Annual administration and progress report of the Indian Medical Department, Bombay
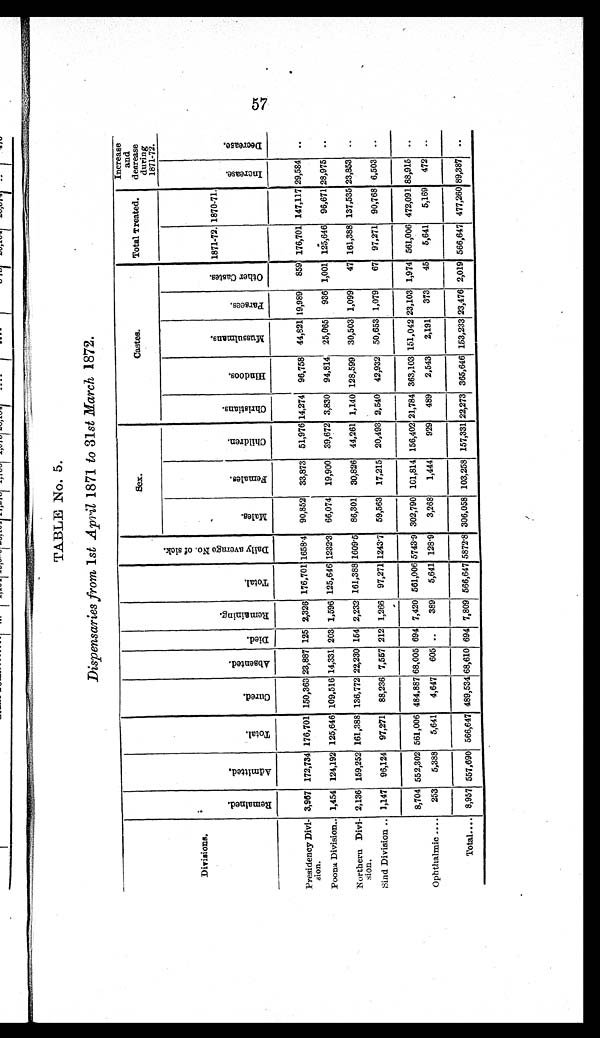
TABLE No. 5.
Dispensaries from 1st April 1871 to 31st March 1872.
Divisions.
R e m a i n e d .
A d m i t t e d .
T o t a l .
C u r e d .
A b s e n t e d .
D i e d .
R e m a i n i n g .
T o t a l .
D a i l y a v e r a g e N o . o f s i c k .
Sex.
Castes.
Total Treated.
Increase
and
decrease
during
1871-72.
M a l e s .
F e m a l e s . C h i l d r e n .
C h r i s t i a n s .
H i n d o o s .
M u s s u l m a n s .
P a r s e e s .
O t h e r C a s t e s .
1871-72. 1870-71.
I n c r e a s e .
D e c r e a s e .
Presidency Divi-
sion.
3,967 172,734 176,701 150,363 23,887 125 2,326 176,701 1658.4 90,852 33,873 51,976 14,274 96,758 44,821 19,989 859 176,701 147,117 29,584 ..
Poona Division.. 1,454 124,192 125,646 109,516 14,331 203 1,596 125,646 1232.3 66,074 19,900 39,672 3,830 94,814 25,065 936 1,001. 125,646 96,671 28,975 ..
Northern Divi-
sion.
2,136 159,252 161,388 136,772 22,230 154 2,232 161,388 1609.5 86,301 30,826 44,261 1,140 128,599 30,503 1,099 47 161,388 137,535 23,853 ..
Sind Division .. 1,147 96,124 97,271 88,236 7,557 212 1,266 97,271 1243.7 59,563 17,215 20,493 2,540 42,932 50,653 1,079 67 97,271 90,768 6,503 ..
8,704 552,302 561,006 484,887 68,005 694 7,420 561,006 5743.9 302,790 101,814 156,402 21,784 363,103 151,042 23,103 1,974 561,006 472,091 88,915 ..
Ophthalmic .. .. 253 5,388 5,641 4,647 605 .. 389 5,641 128.9 3,268 1,444
929 489 2,543 2,191 373 45 5,641 5,169 472 ..
Total .. .. 8,957 557,690 566,647 489,534 68,610 694 7,809 566,647 5 8 7 2 . 8
306,058 103,258 157,331 22,273 365,646 153,233 23,476 2,019. 566,647 477,260 89,387 ..
57